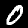
Label: 0